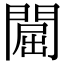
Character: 𨵡